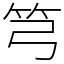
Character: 𥫤